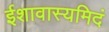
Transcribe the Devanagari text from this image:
ईशावास्यमिदं